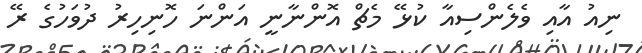
ނިއު އާއި ވެލެންސިއާ ކުޅޭ މެޗް އޮންނާނީ އަންނަ ހޮނިހިރު ދުވަހުގެ ރޭ